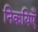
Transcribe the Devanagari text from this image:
निकयिएँ